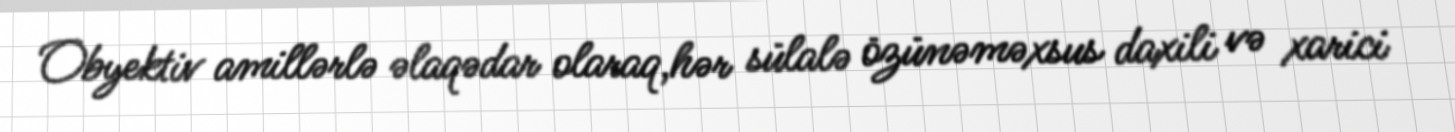
Obyektiv amillərlə əlaqədar olaraq,hər sülalə özünəməxsus daxili və xarici